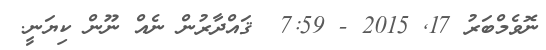
ނޮވެމްބަރު 17